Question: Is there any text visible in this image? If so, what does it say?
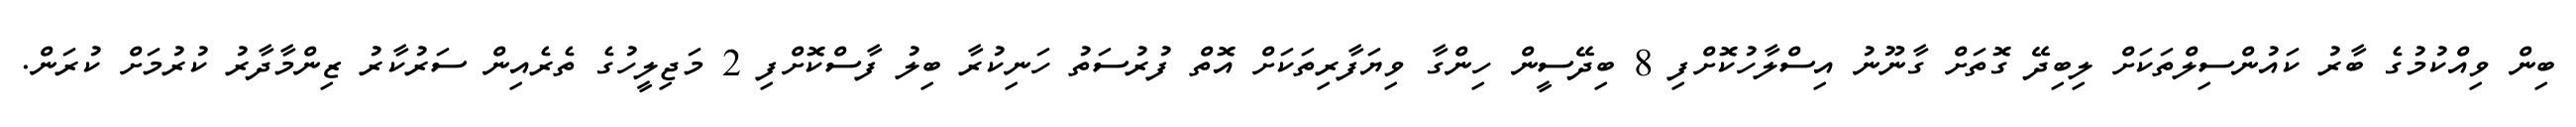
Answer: ބިން ވިއްކުމުގެ ބާރު ކައުންސިލްތަކަށް ލިބިދޭ ގޮތަށް ގާނޫނު އިސްލާހުކޮށްފި 8 ބިދޭސީން ހިންގާ ވިޔަފާރިތަކަށް އޮތް ފުރުސަތު ހަނިކުރާ ބިލު ފާސްކޮށްފި 2 މަޖިލީހުގެ ތެރެއިން ސަރުކާރު ޒިންމާދާރު ކުރުމަށް ކުރަން.